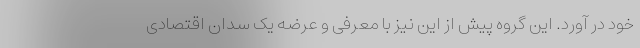
خود در آورد. این گروه پیش از این نیز با معرفی و عرضه یک سدان اقتصادی